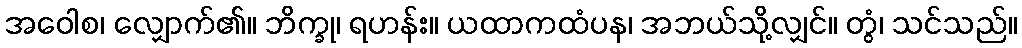
အဝေါစ၊ လျှောက်၏။ ဘိက္ခု၊ ရဟန်း။ ယထာကထံပန၊ အဘယ်သို့လျှင်။ တွံ၊ သင်သည်။